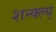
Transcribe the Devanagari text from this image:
शन्क्ल्य्